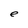
Character: e